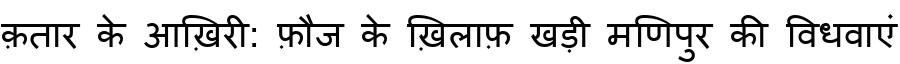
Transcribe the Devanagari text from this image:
क़तार के आख़िरी: फ़ौज के ख़िलाफ़ खड़ी मणिपुर की विधवाएं